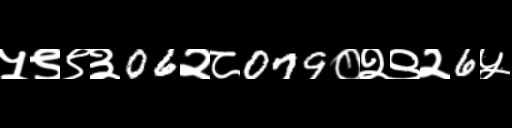
Text: ५९९३06२८079०२९२6५